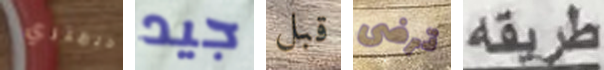
ديمتري جيد قبل ترضى طريقه